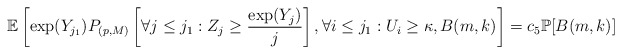
\begin{align*} \mathbb{E}\left[\exp(Y_{j_1})P_{(p,M)}\left[\forall j\leq j_1: Z_j\geq\frac{\exp(Y_j)}{j}\right] ,\forall i\leq j_1: U_i\geq\kappa, B(m,k)\right] = c_5 \mathbb{P}[B(m,k)] \end{align*}